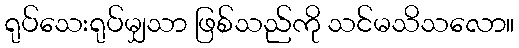
ရုပ်သေးရုပ်မျှသာ ဖြစ်သည်ကို သင်မသိသလော။